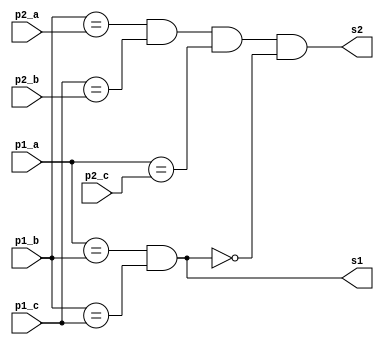


module batalha(
	input p1_a,
	input p1_b,
	input p1_c,
	input p2_a,
	input p2_b,
	input p2_c,
	output s1,
	output s2);


reg s2_r;

assign s2 = s2_r & ~s1;

wire e_a;
wire e_b;
wire e_c;

assign e_a = p1_b;
assign e_b = p1_c;
assign e_c = p1_a;

assign s1 = (p1_a == p1_b) & (p1_b == p1_c);

always @(e_a, e_b, e_c, p2_a, p2_b, p2_c) 
begin
	s2_r <= (e_a == p2_a) & (e_b == p2_b) & (e_c == p2_c);

end

endmodule


module test;

reg p1_a, p1_b, p1_c, p2_a, p2_b, p2_c;
wire s1, s2;

batalha B(p1_a, p1_b, p1_c, p2_a, p2_b, p2_c, s1, s2);


initial begin
	$dumpvars(0, B);
	#2;
	p1_a <= 0; p1_b <= 0; p1_c <= 0; p2_a <= 0; p2_b <= 0; p2_c <= 0;
	#2;
	p1_a <= 1; p1_b <= 1; p1_c <= 0; p2_a <= 1; p2_b <= 0; p2_c <= 1;
	#2;
end

endmodule